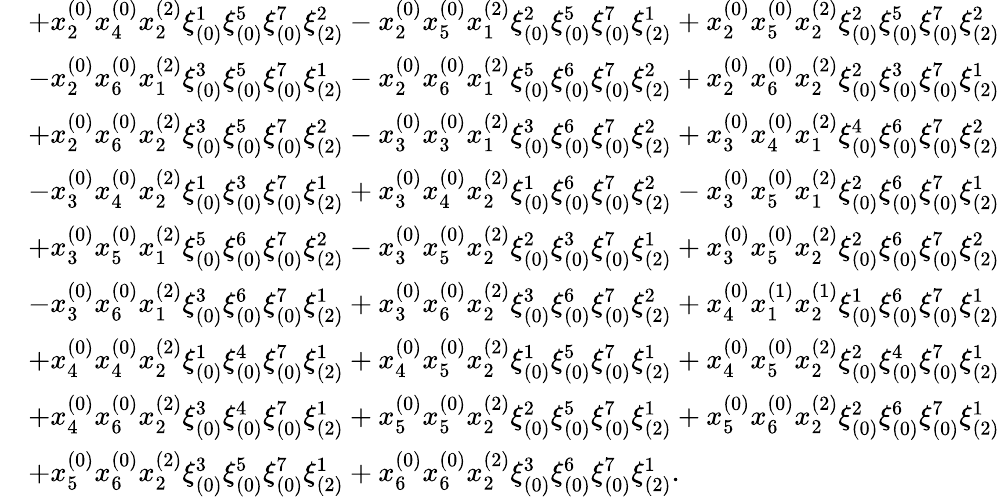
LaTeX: \begin{array}{rl}&{+x_{2}^{(0)}x_{4}^{(0)}x_{2}^{(2)}\xi_{(0)}^{1}\xi_{(0)}^{5}\xi_{(0)}^{7}\xi_{(2)}^{2}-x_{2}^{(0)}x_{5}^{(0)}x_{1}^{(2)}\xi_{(0)}^{2}\xi_{(0)}^{5}\xi_{(0)}^{7}\xi_{(2)}^{1}+x_{2}^{(0)}x_{5}^{(0)}x_{2}^{(2)}\xi_{(0)}^{2}\xi_{(0)}^{5}\xi_{(0)}^{7}\xi_{(2)}^{2}}\\ &{-x_{2}^{(0)}x_{6}^{(0)}x_{1}^{(2)}\xi_{(0)}^{3}\xi_{(0)}^{5}\xi_{(0)}^{7}\xi_{(2)}^{1}-x_{2}^{(0)}x_{6}^{(0)}x_{1}^{(2)}\xi_{(0)}^{5}\xi_{(0)}^{6}\xi_{(0)}^{7}\xi_{(2)}^{2}+x_{2}^{(0)}x_{6}^{(0)}x_{2}^{(2)}\xi_{(0)}^{2}\xi_{(0)}^{3}\xi_{(0)}^{7}\xi_{(2)}^{1}}\\ &{+x_{2}^{(0)}x_{6}^{(0)}x_{2}^{(2)}\xi_{(0)}^{3}\xi_{(0)}^{5}\xi_{(0)}^{7}\xi_{(2)}^{2}-x_{3}^{(0)}x_{3}^{(0)}x_{1}^{(2)}\xi_{(0)}^{3}\xi_{(0)}^{6}\xi_{(0)}^{7}\xi_{(2)}^{2}+x_{3}^{(0)}x_{4}^{(0)}x_{1}^{(2)}\xi_{(0)}^{4}\xi_{(0)}^{6}\xi_{(0)}^{7}\xi_{(2)}^{2}}\\ &{-x_{3}^{(0)}x_{4}^{(0)}x_{2}^{(2)}\xi_{(0)}^{1}\xi_{(0)}^{3}\xi_{(0)}^{7}\xi_{(2)}^{1}+x_{3}^{(0)}x_{4}^{(0)}x_{2}^{(2)}\xi_{(0)}^{1}\xi_{(0)}^{6}\xi_{(0)}^{7}\xi_{(2)}^{2}-x_{3}^{(0)}x_{5}^{(0)}x_{1}^{(2)}\xi_{(0)}^{2}\xi_{(0)}^{6}\xi_{(0)}^{7}\xi_{(2)}^{1}}\\ &{+x_{3}^{(0)}x_{5}^{(0)}x_{1}^{(2)}\xi_{(0)}^{5}\xi_{(0)}^{6}\xi_{(0)}^{7}\xi_{(2)}^{2}-x_{3}^{(0)}x_{5}^{(0)}x_{2}^{(2)}\xi_{(0)}^{2}\xi_{(0)}^{3}\xi_{(0)}^{7}\xi_{(2)}^{1}+x_{3}^{(0)}x_{5}^{(0)}x_{2}^{(2)}\xi_{(0)}^{2}\xi_{(0)}^{6}\xi_{(0)}^{7}\xi_{(2)}^{2}}\\ &{-x_{3}^{(0)}x_{6}^{(0)}x_{1}^{(2)}\xi_{(0)}^{3}\xi_{(0)}^{6}\xi_{(0)}^{7}\xi_{(2)}^{1}+x_{3}^{(0)}x_{6}^{(0)}x_{2}^{(2)}\xi_{(0)}^{3}\xi_{(0)}^{6}\xi_{(0)}^{7}\xi_{(2)}^{2}+x_{4}^{(0)}x_{1}^{(1)}x_{2}^{(1)}\xi_{(0)}^{1}\xi_{(0)}^{6}\xi_{(0)}^{7}\xi_{(2)}^{1}}\\ &{+x_{4}^{(0)}x_{4}^{(0)}x_{2}^{(2)}\xi_{(0)}^{1}\xi_{(0)}^{4}\xi_{(0)}^{7}\xi_{(2)}^{1}+x_{4}^{(0)}x_{5}^{(0)}x_{2}^{(2)}\xi_{(0)}^{1}\xi_{(0)}^{5}\xi_{(0)}^{7}\xi_{(2)}^{1}+x_{4}^{(0)}x_{5}^{(0)}x_{2}^{(2)}\xi_{(0)}^{2}\xi_{(0)}^{4}\xi_{(0)}^{7}\xi_{(2)}^{1}}\\ &{+x_{4}^{(0)}x_{6}^{(0)}x_{2}^{(2)}\xi_{(0)}^{3}\xi_{(0)}^{4}\xi_{(0)}^{7}\xi_{(2)}^{1}+x_{5}^{(0)}x_{5}^{(0)}x_{2}^{(2)}\xi_{(0)}^{2}\xi_{(0)}^{5}\xi_{(0)}^{7}\xi_{(2)}^{1}+x_{5}^{(0)}x_{6}^{(0)}x_{2}^{(2)}\xi_{(0)}^{2}\xi_{(0)}^{6}\xi_{(0)}^{7}\xi_{(2)}^{1}}\\ &{+x_{5}^{(0)}x_{6}^{(0)}x_{2}^{(2)}\xi_{(0)}^{3}\xi_{(0)}^{5}\xi_{(0)}^{7}\xi_{(2)}^{1}+x_{6}^{(0)}x_{6}^{(0)}x_{2}^{(2)}\xi_{(0)}^{3}\xi_{(0)}^{6}\xi_{(0)}^{7}\xi_{(2)}^{1}.}\end{array}